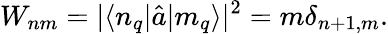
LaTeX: W_{nm}=|\langle n_{q}|\hat{a}|m_{q}\rangle|^{2}=m\delta_{n+1,m}.